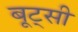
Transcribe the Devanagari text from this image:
बूट्सी